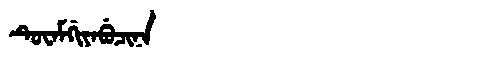
Manchu: ᡨᡠᠸᠠᠮᡤᡳᠶᠠᠪᡠᠴᡳᠨᠠ
Romanization: TUWAMGIYABUCINA